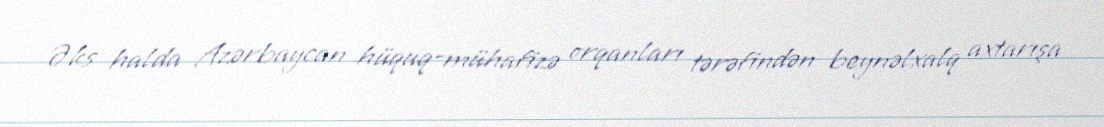
Əks halda Azərbaycan hüquq-mühafizə orqanları tərəfindən beynəlxalq axtarışa